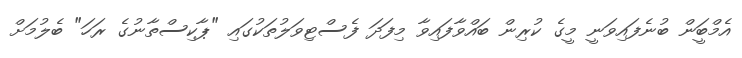
އެމްބަީން ބުނެފައިވަނީ މީގެ ކުރިން ބައްވާފައިވާ މިފަދަ ފެސްޓިވަލުތަކުގައި "ޕާކިސްތާނުގެ ރަހަ" ބެލުމަށް